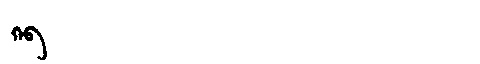
Manchu: ᡴᡝᠪ
Romanization: KEB